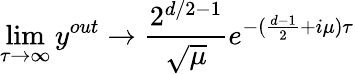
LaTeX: \operatorname*{lim}_{\tau\rightarrow\infty}y^{out}\rightarrow\frac{2^{d/2-1}}{\sqrt{\mu}}e^{-(\frac{d-1}{2}+i\mu)\tau}